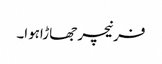
فرنیچر جھاڑاہوا۔